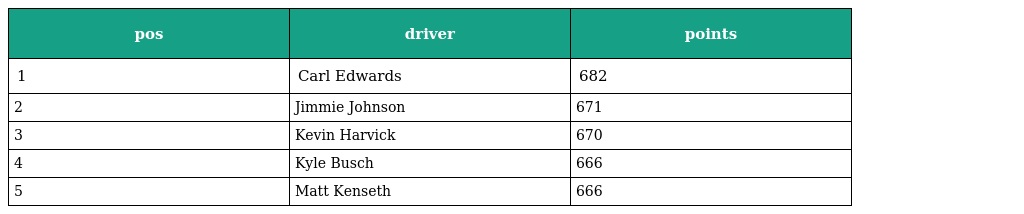
| pos | driver | points |
 | --- | --- | --- |
 | 1 | Carl Edwards | 682 |
 | 2 | Jimmie Johnson | 671 |
 | 3 | Kevin Harvick | 670 |
 | 4 | Kyle Busch | 666 |
 | 5 | Matt Kenseth | 666 |